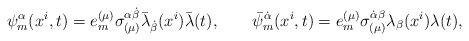
LaTeX: \begin{align*}\psi_m^{\alpha}(x^i,t) = e_m^{(\mu)}\sigma_{(\mu)}^{\alpha \dot\beta}\bar\lambda_{\dot\beta}(x^i) \bar\lambda(t), \qquad\bar\psi_m^{\dot\alpha}(x^i,t) = e_m^{(\mu)}\sigma_{(\mu)}^{\dot\alpha \beta}\lambda_{\beta}(x^i)\lambda(t),\end{align*}